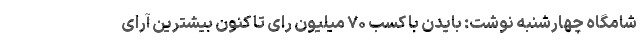
شامگاه چهارشنبه نوشت: بایدن با کسب ۷۰ میلیون رای تا کنون بیشترین آرای